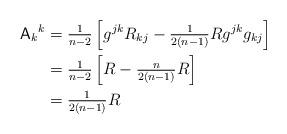
LaTeX: \begin{align*}{\mathsf{A}_k}^k & =\tfrac{1}{n-2}\left[g^{jk}R_{kj}-\tfrac{1}{2(n-1)}Rg^{jk}g_{kj}\right] \\& =\tfrac{1}{n-2}\left[R-\tfrac{n}{2(n-1)}R\right] \\& =\tfrac{1}{2(n-1)}R\end{align*}